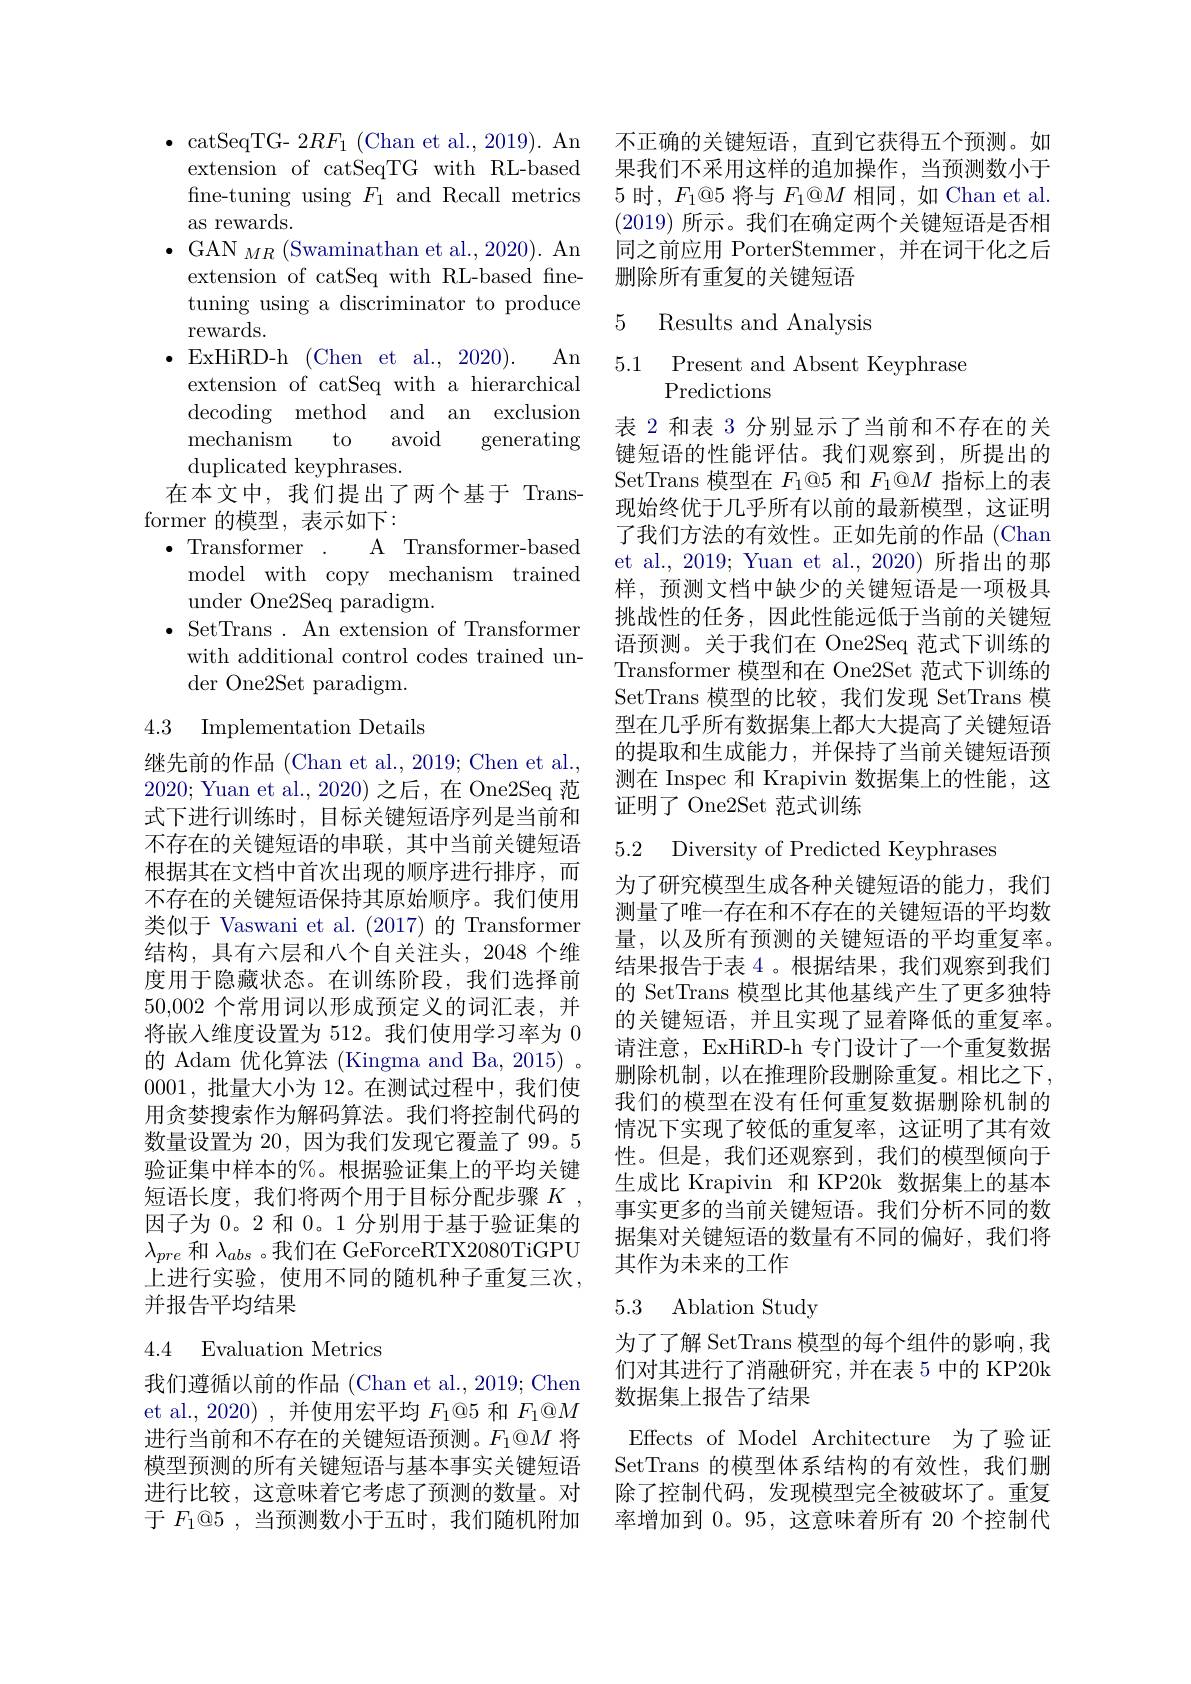
$\bullet$ catSeqTG- 2$RF_1$ (Chan et al., 2019). An
extension of catSeqTG with RL-based fine-tuning using $F_1$ and Recall metrics as rewards.
$\bullet$GAN$_MR$(Swaminathanet al.,2020).An extension of catSeq with RL-based fnetuning using a discriminator to produce rewards.
An
$\bullet$ExHiRD-h(Chen et al. , 2020) .
extension of catSeq with a hierarchical decoding method and an exclusion mechanism
to avoid
generating
duplicated keyphrases.
在本文中，我们提出了两个基于 Trans-
former 的模型，表示如下：
$\bullet$ Transformer . A Transformer-based
model with copy mechanism trained
under One2Seq paradigm.
$\bullet$ SetTrans. An extension of Transformer
with additional control codes trained un-
$\operatorname{der}$One2Set paradigm.

4.3 Implementation Details

继先前的作品 (Chan et al., 2019; Chen et al., 2020; Yuan et al., 2020) 之后，在 One2Seq 范式下进行训练时，目标关键短语序列是当前和不存在的关键短语的串联，其中当前关键短语根据其在文档中首次出现的顺序进行排序，而不存在的关键短语保持其原始顺序。我们使用类似于 Vaswani et al.(2017)的 Transformer 结构，具有六层和八个自关注头，2048 个维度用于隐藏状态。在训练阶段，我们选择前50,002个常用词以形成预定义的词汇表，并将嵌入维度设置为 512。我们使用学习率为 0的 Adam 优化算法 (Kingma and Ba, 2015) 。0001,批量大小为 12。在测试过程中，我们使用贪婪搜索作为解码算法。我们将控制代码的数量设置为 20, 因为我们发现它覆盖了 99。5验证集中样本的$\%$。根据验证集上的平均关键短语长度，我们将两个用于目标分配步骤$K$ 因子为 0。2 和0。1 分别用于基于验证集的$\lambda_{pre}$和$\lambda_abs$ 。我们在 GeForceRTX2080TiGPU 上进行实验，使用不同的随机种子重复三次， 并报告平均结果

## 4.4 Evaluation Metrics

我们遵循以前的作品 (Chan et al., 2019; Chen et al.,2020) ,并使用宏平均$F_1@$5 和$F_1@M$ 进行当前和不存在的关键短语预测。$F_1@M$将模型预测的所有关键短语与基本事实关键短语进行比较，这意味着它考虑了预测的数量。对于$F_1@5$,当预测数小于五时，我们随机附加

不正确的关键短语，直到它获得五个预测。如果我们不采用这样的追加操作，当预测数小于5 时，$F_1@$5 将与$F_1@M$相同，如 Chan et al. (2019)所示。我们在确定两个关键短语是否相同之前应用 PorterStemmer,并在词干化之后删除所有重复的关键短语

5 Results and Analysis

5.1 Present and Absent Keyphrase
## Predictions

表 2 和表 3 分别显示了当前和不存在的关键短语的性能评估。我们观察到，所提出的SetTrans 模型在$F_1@5$和$F_1@M$指标上的表现始终优于几乎所有以前的最新模型，这证明了我们方法的有效性。正如先前的作品 (Chan et al., 2019; Yuan et al., 2020) 所指出的那样，预测文档中缺少的关键短语是一项极具挑战性的任务，因此性能远低于当前的关键短语预测。关于我们在 One2Seq 范式下训练的Transformer 模型和在 One2Set 范式下训练的SetTrans 模型的比较，我们发现 SetTrans 模型在几乎所有数据集上都大大提高了关键短语的提取和生成能力，并保持了当前关键短语预测在 Inspec 和 Krapivin 数据集上的性能，这证明了 One2Set 范式训练

5.2 Diversity of Predicted Keyphrases

为了研究模型生成各种关键短语的能力，我们测量了唯一存在和不存在的关键短语的平均数量，以及所有预测的关键短语的平均重复率。结果报告于表 4 。根据结果 ,我们观察到我们的 SetTrans 模型比其他基线产生了更多独特的关键短语，并且实现了显着降低的重复率。请注意，ExHiRD-h 专门设计了一个重复数据删除机制，以在推理阶段删除重复。相比之下， 我们的模型在没有任何重复数据删除机制的情况下实现了较低的重复率，这证明了其有效性。但是，我们还观察到，我们的模型倾向于生成比 Krapivin 和 KP20k 数据集上的基本事实更多的当前关键短语。我们分析不同的数据集对关键短语的数量有不同的偏好，我们将其作为未来的工作

## 5.3 Ablation Study

为了了解 SetTrans 模型的每个组件的影响，我们对其进行了消融研究，并在表 5 中的 KP20k 数据集上报告了结果

Effects of Model Architecture 为了验证SetTrans 的模型体系结构的有效性，我们删

除了控制代码，发现模型完全被破坏了。重复率增加到 0。95,这意味着所有 20 个控制代